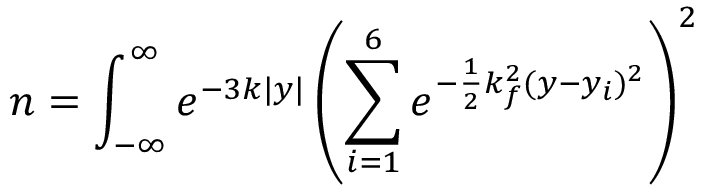
n = \int _ { - \infty } ^ { \infty } e ^ { - 3 k | y | } \left( \sum _ { i = 1 } ^ { 6 } e ^ { - \frac { 1 } { 2 } k _ { f } ^ { 2 } ( y - y _ { i } ) ^ { 2 } } \right) ^ { 2 }